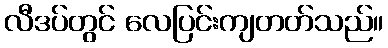
လီဒပ်တွင် လေပြင်းကျတတ်သည်။